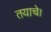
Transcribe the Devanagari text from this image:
तयाचे।